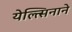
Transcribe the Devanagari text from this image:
येल्त्सिनाने